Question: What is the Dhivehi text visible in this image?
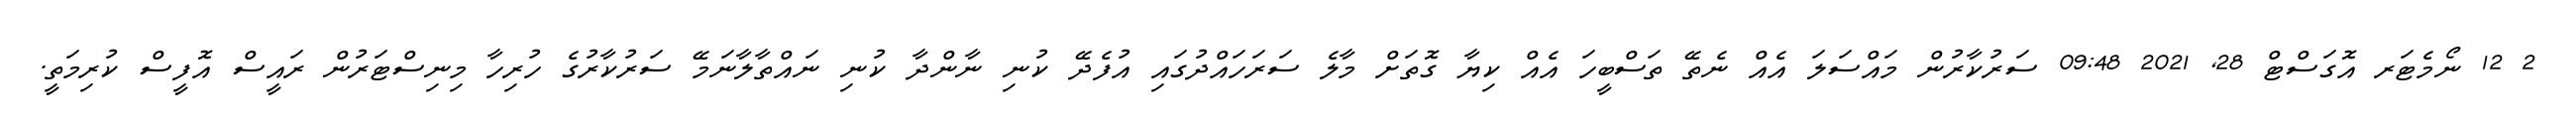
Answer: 2 12 ނޯމެޓަރ އޮގަސްޓް 28, 2021 09:48 ސަރުކާރުން މައްސަލަ އެއް ނެތޭ ތަސްބީހަ އެއް ކިޔާ ގޮތަށް މާލެ ސަރަހައްދުގައި އުފެދޭ ކުނި ނާންދާ ކުނި ނައްތާލާނަމޭ ސަރުކާރުގެ ހުރިހާ މިނިސްޓަރުން ރައީސް އޮފީސް ކުރިމަތީ.